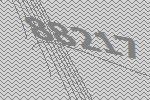
88217